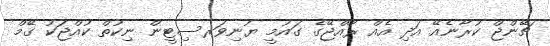
ޗޭންޖް ކުރާނެއޭ އަދި އެއް ރާއްޖޭގެ ގައުމީ ޔުނިވަރސިޓީން ނިކުތް ކުއްޖަކު ގޭމް